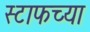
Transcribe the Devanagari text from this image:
स्टाफच्या